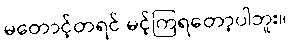
မတောင့်တရင် မင့်ကြရတော့ပါဘူး။